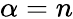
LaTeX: \alpha=n